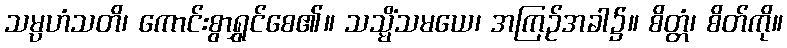
သမ္ပဟံသတိ၊ ကောင်းစွာရွှင်စေ၏။ သသ္မိံသမယေ၊ အကြဉ်အခါ၌။ စိတ္တံ၊ စိတ်ကို။